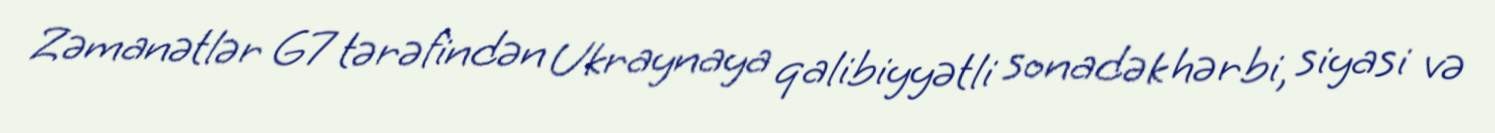
Zəmanətlər G7 tərəfindən Ukraynaya qalibiyyətli sonadək hərbi, siyasi və